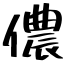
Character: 儂